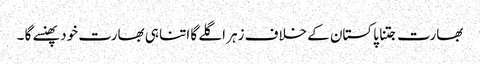
بھارت جتنا پاکستان کے خلاف زہر اگلے گا اتنا ہی بھارت خود پھنسے گا ۔